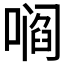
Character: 𫫦